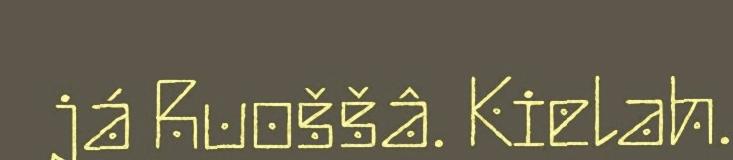
já Ruoššâ. Kielah.